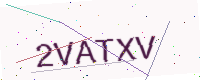
Text: 2VATXV